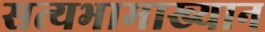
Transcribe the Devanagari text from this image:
सत्यभामाख्यान